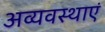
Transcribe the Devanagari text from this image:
अव्यवस्थाएं